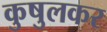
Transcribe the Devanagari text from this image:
कुषुलकर